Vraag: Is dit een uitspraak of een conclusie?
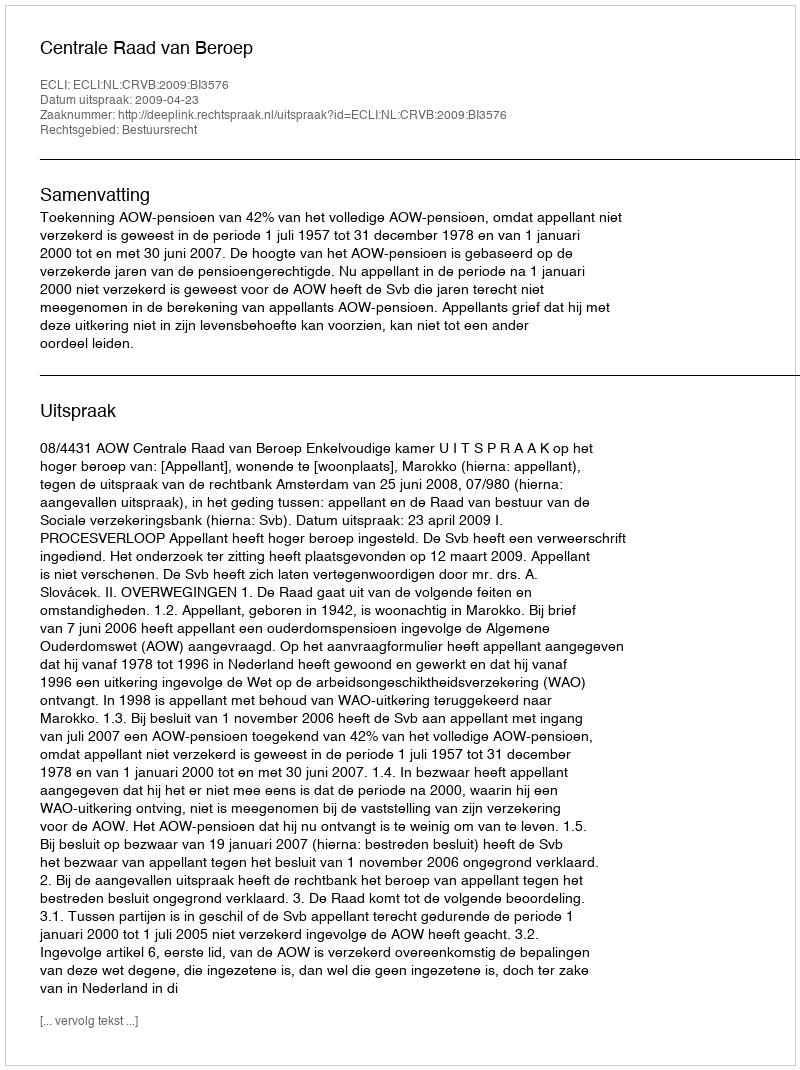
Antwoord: Uitspraak